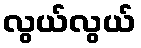
လွယ်လွယ်